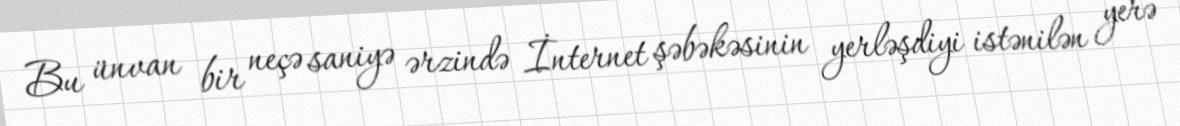
Bu ünvan bir neçə saniyə ərzində İnternet şəbəkəsinin yerləşdiyi istənilən yerə